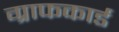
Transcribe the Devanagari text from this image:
ग्राफकार्ड